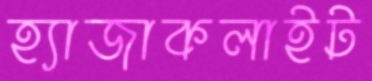
হ্যাজাকলাইট